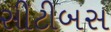
સીટીબસ